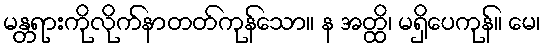
မန္တရားကိုလိုက်နာတတ်ကုန်သော။ န အတ္ထိ၊ မရှိပေကုန်။ မေ၊